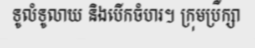
ទូលំទូលាយ និងបើកចំហរ។ ក្រុមប្រឹក្សា